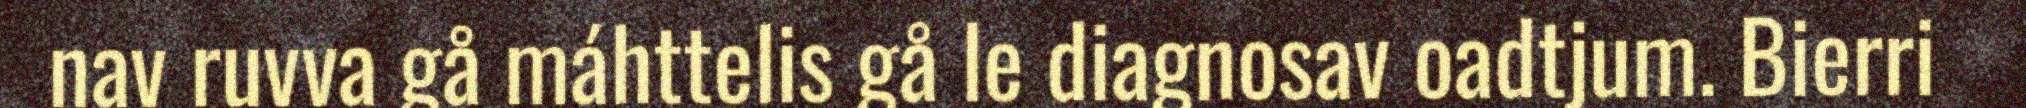
nav ruvva gå máhttelis gå le diagnosav oadtjum. Bierri